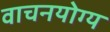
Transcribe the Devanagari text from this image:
वाचनयोग्य